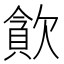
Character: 𣤉